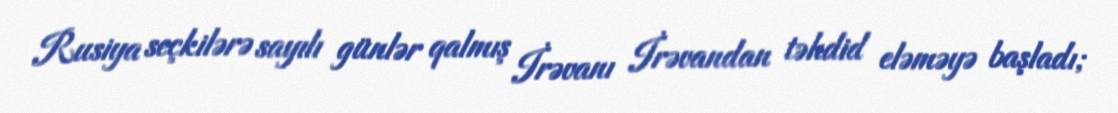
Rusiya seçkilərə sayılı günlər qalmış İrəvanı İrəvandan təhdid eləməyə başladı;